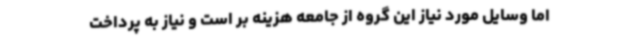
اما وسایل مورد نیاز این گروه از جامعه هزینه بر است و نیاز به پرداخت